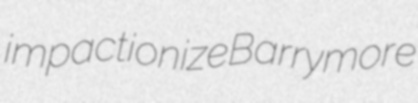
impactionize Barrymore